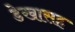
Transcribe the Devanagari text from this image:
डेखासह